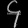
Digit: ၄